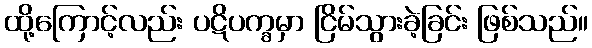
ထို့ကြောင့်လည်း ပဋိပက္ခမှာ ငြိမ်သွားခဲ့ခြင်း ဖြစ်သည်။